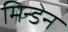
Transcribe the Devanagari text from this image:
मिन्डेन